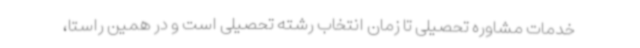
خدمات مشاوره تحصیلی تا زمان انتخاب رشته تحصیلی است و در همین راستا،